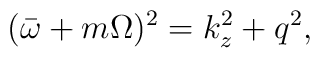
(\bar{\omega}+m\Omega)^{2}=k_{z}^{2}+q^{2},